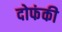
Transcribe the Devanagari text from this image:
दोफंकी